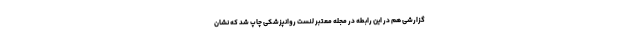
گزارشی هم در این رابطه در مجله معتبر لنست روانپزشکی چاپ شد که نشان